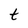
Character: t